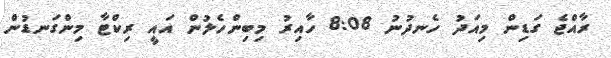
ރާއްޖެ ގަޑިން މިއަދު ހެނދުނު 8:08 ހާއިރު މިބިންހެލުން އައީ ރިކްޓާ މިންގަނޑުން